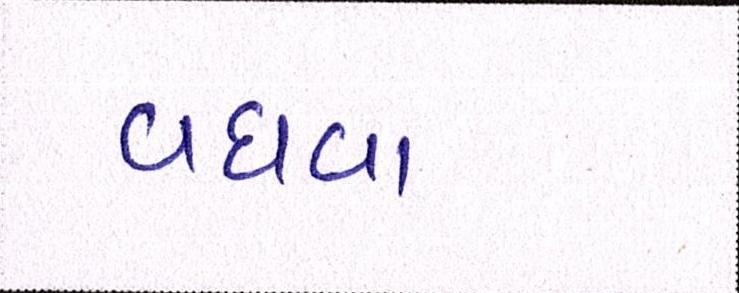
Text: વધવા